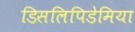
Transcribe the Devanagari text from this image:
डिसलिपिडेमिया